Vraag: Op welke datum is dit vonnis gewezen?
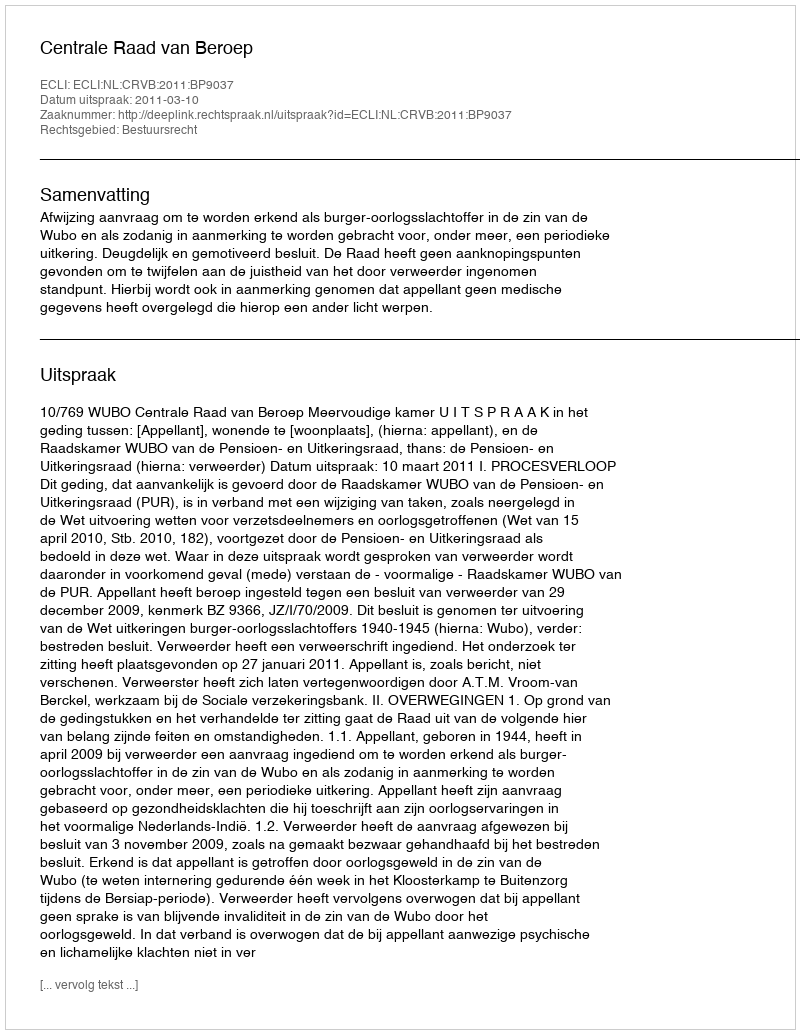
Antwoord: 2011-03-10